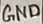
Text: GND